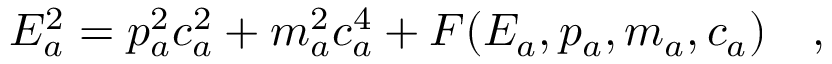
E _ { a } ^ { 2 } = p _ { a } ^ { 2 } c _ { a } ^ { 2 } + m _ { a } ^ { 2 } c _ { a } ^ { 4 } + F ( E _ { a } , p _ { a } , m _ { a } , c _ { a } ) \quad ,